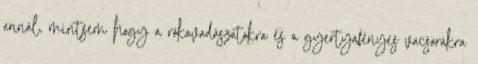
annál, mintsem hogy a rókavadászatokra és a gyertyafényes vacsorákra